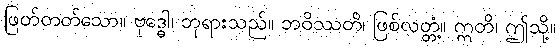
ဖြတ်တတ်သော။ ဗုဒ္ဓေါ၊ ဘုရားသည်။ ဘဝိဿတိ၊ ဖြစ်လတ္တံ့။ ဣတိ၊ ဤသို့။